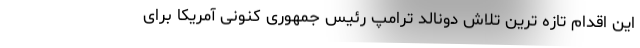
این اقدام تازه ترین تلاش دونالد ترامپ رئیس جمهوری کنونی آمریکا برای